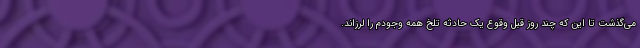
می‌گذشت تا این که چند روز قبل وقوع یک حادثه تلخ همه وجودم را لرزاند.